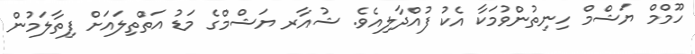
ހޫމްމް ޔަޝްމް ހިނިތުންވުމަކާ އެކު ފުއްދާލިއެވެ. ޝުއާރ ޔަޝްމްގެ މަޑު އަތްތިލައަށް ފިތާލަމުން